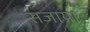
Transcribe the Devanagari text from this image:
सजाय़ा